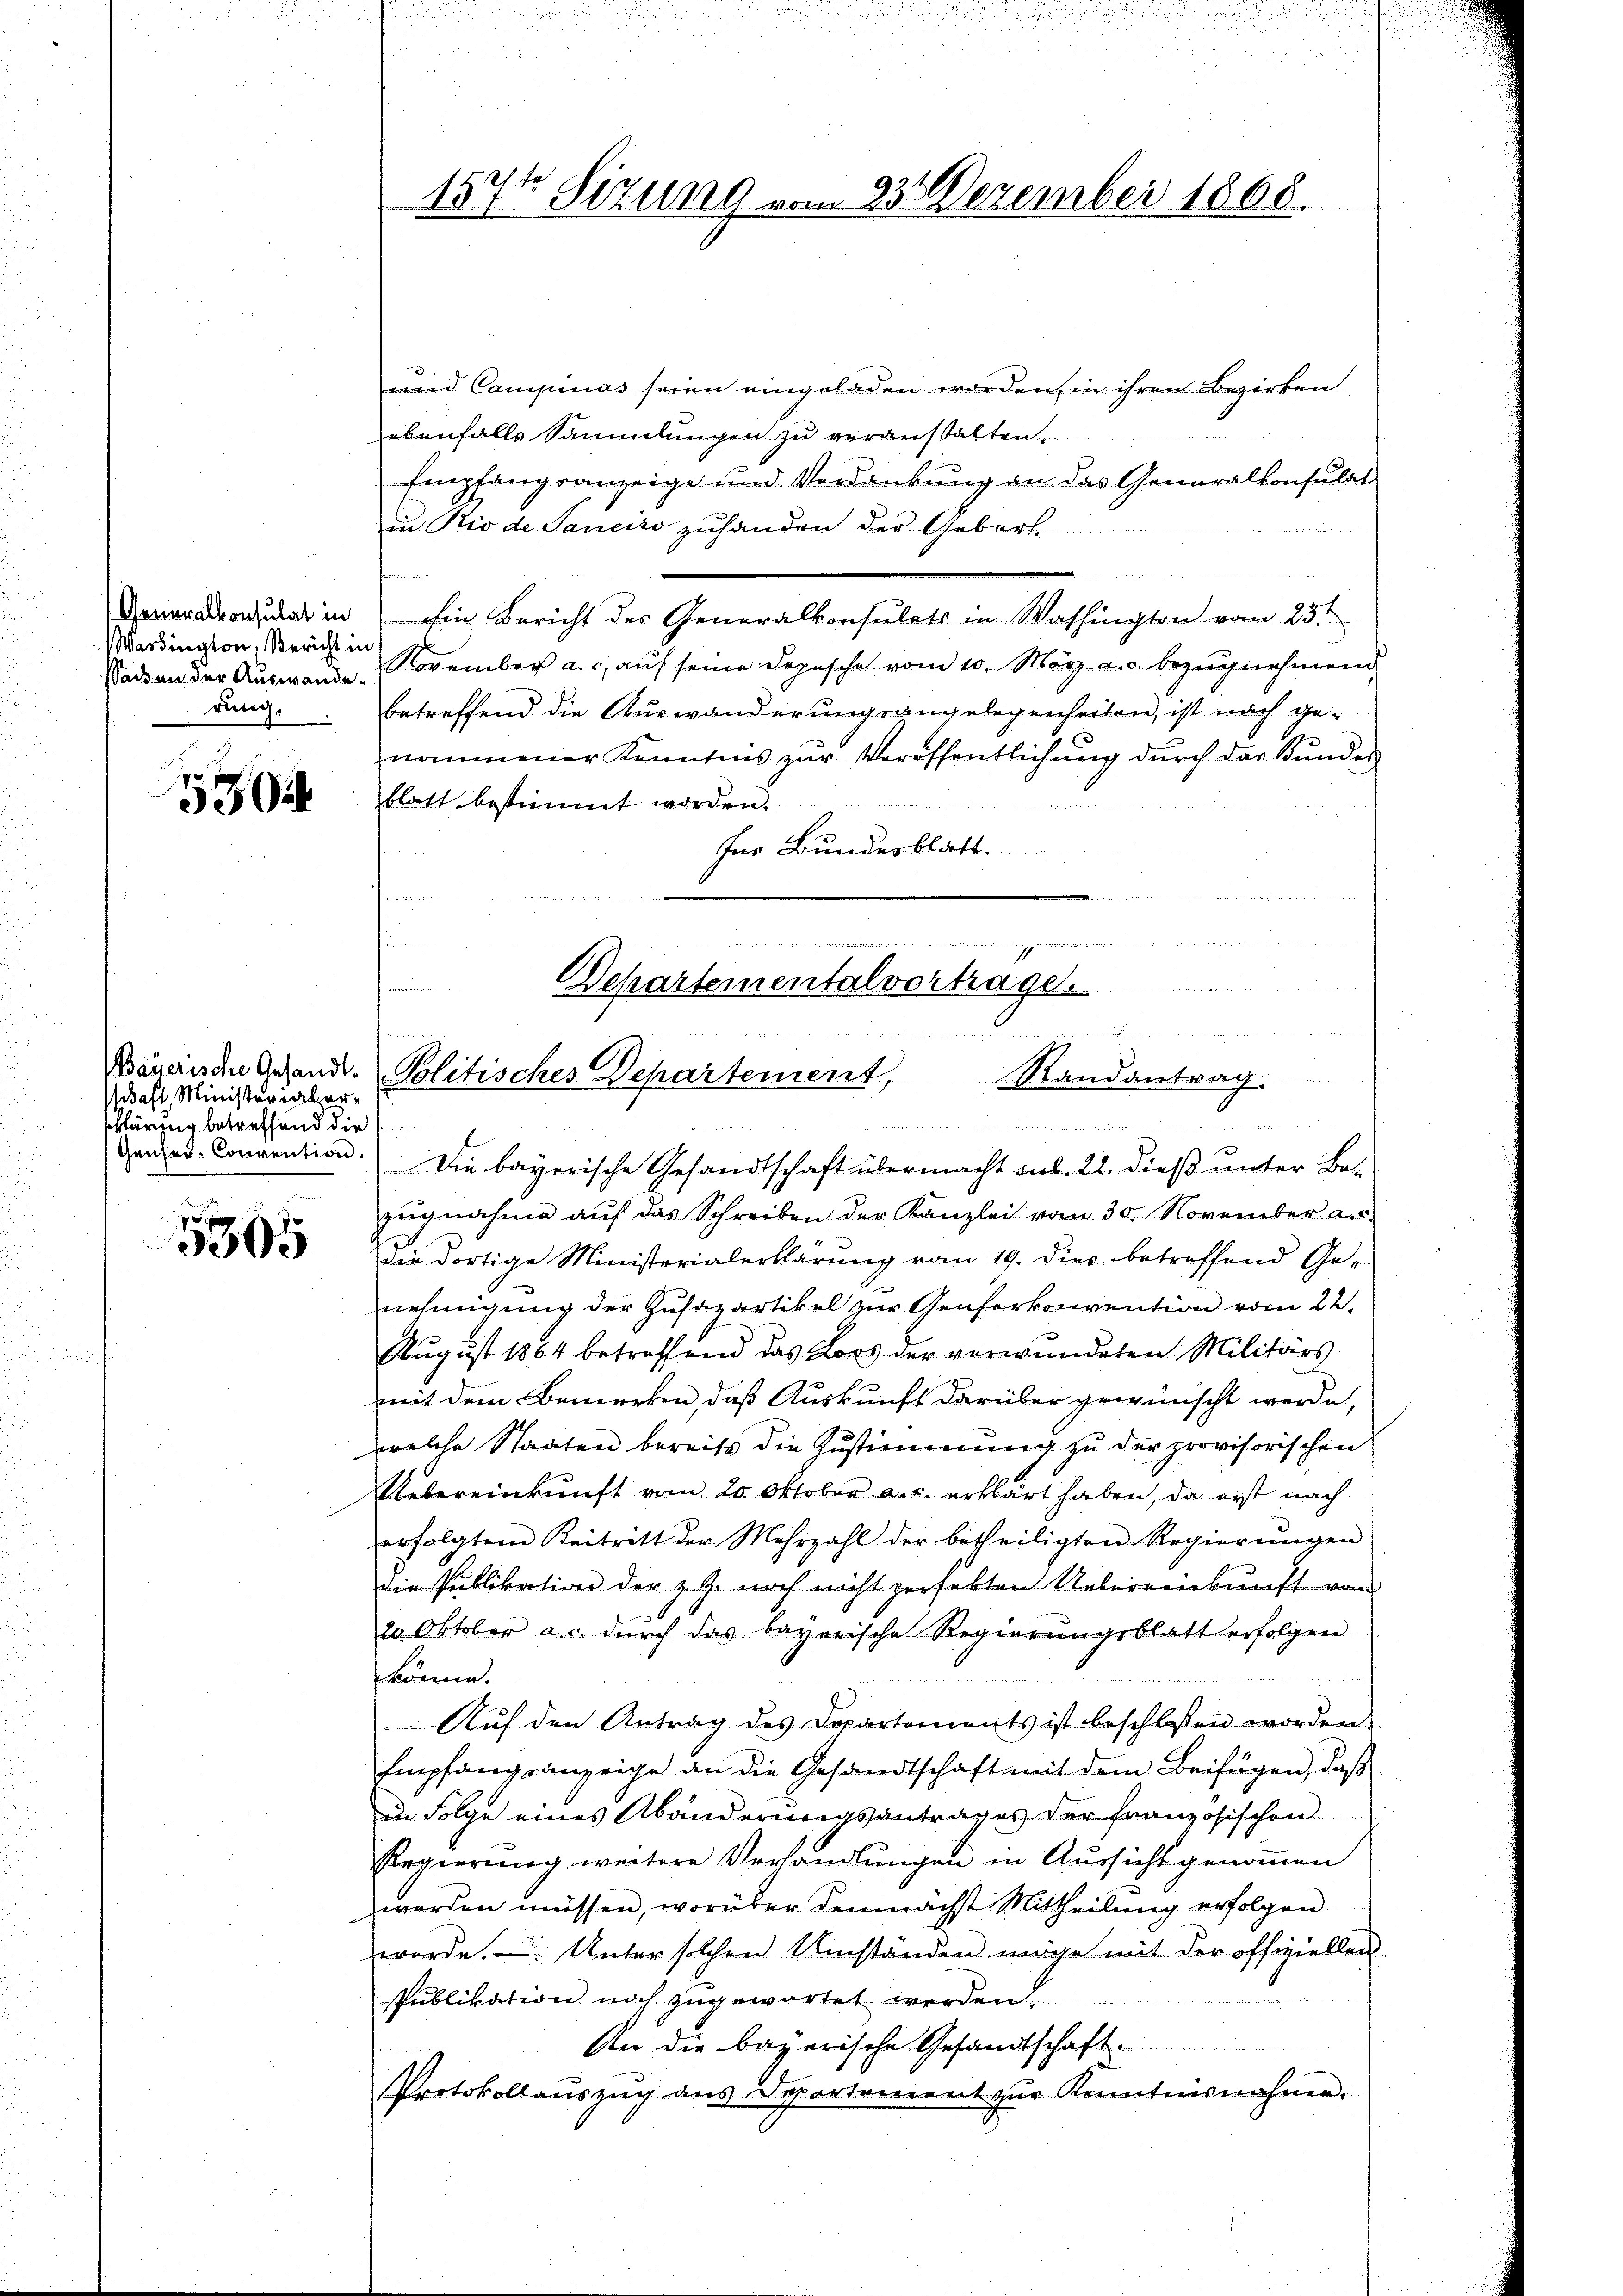
Generalkonsulat in
Verdington, Bericht in
sacken der Auswande.
rung.

530

saft, Ministerialersklärung betreffend die

g
3005

Ganzen-Convention. Die bayerische Gesandtschaft übermacht aus. 22. dieβ ŭnter Be-
zugnahme auf das Schreiben der Kanzlei vom 30. November a.c.
die dortige Ministerialerklärung vom 19. dies betreffend Ge-
nehmigung der Zusazartikel zur Genferkonvention vom 22.
August 1864 betreffend das Lors der verwundeten Militärs
mit dem Bemerken, daß Auskunft darüber gewünscht werde,
welche Staaten bereits die Zustimmung zu der provisorischen
Uebereinkunft vom 20. Oktober a.c. erklärt haben, da erst nach
erfolgtem Beitritt der Mehrzahl der betheiligten Regierŭngen
Die Publikation der z. Z. noch nicht perfekten Ueberreinkunft vom
20. Oktober a. c. durch das bayerische Regierungsblatt erfolgen
könne.
e
Auf den Antrag des Departements ist beschlossen worden.
Empfangsanzeige an die Gesandtschaft mit dem Beifügen, daß
in Folge eines Abänderungsantrages der französischen
Regierung weitere Verhandlungen in Aussicht genommen
worden müssen, worüber demnächst Mittheilung erfolgen
werde. Unter solchen Umständen möge mit der offiziellei
spublikation noch zugewartet werden.
An die bayerische Gesandtschaft
PProtokollauszug aus Sportement zŭr Kenntnisnahme.

und Campinas seien eingeladen worden, in ihren Bezirken
ebenfalls Sammlungen zu veranstalten.
Empfangsanzeige und Verdankung an das Generalkonsulat
in Rio de Sanciro zuhanden der Gebert

Ein Bericht des Generalkonsulats in Washington vom 23.

November a.c. auf seine Depesche vom 10. März a. c. bezugnehmend
betreffend die Auswanderungsangelegenheiten, ist nach genommener Kenntnis zur Veröffentlichung durch das Bundes
blatt bestimmt worden.
für Bundesblatt.
s
anete der allen
4 weit in einer 273

157t Sizung vom 23. Dezember 1868.
n ehe

Schartementalvertrage.
4
n
u
 unwieden einen einen unter
Bayerischen Gesandt. Politisches Departement,
Randantrag.
24